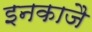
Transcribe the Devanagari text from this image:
इनकाजै